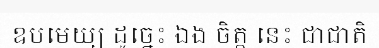
ឧបមេយ្យ ដូច្នេះ ឯង ចិត្ត នេះ ជាជាតិ